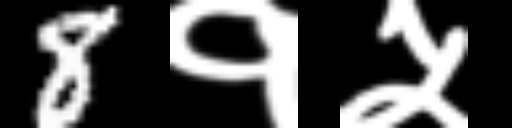
Text: 8१५